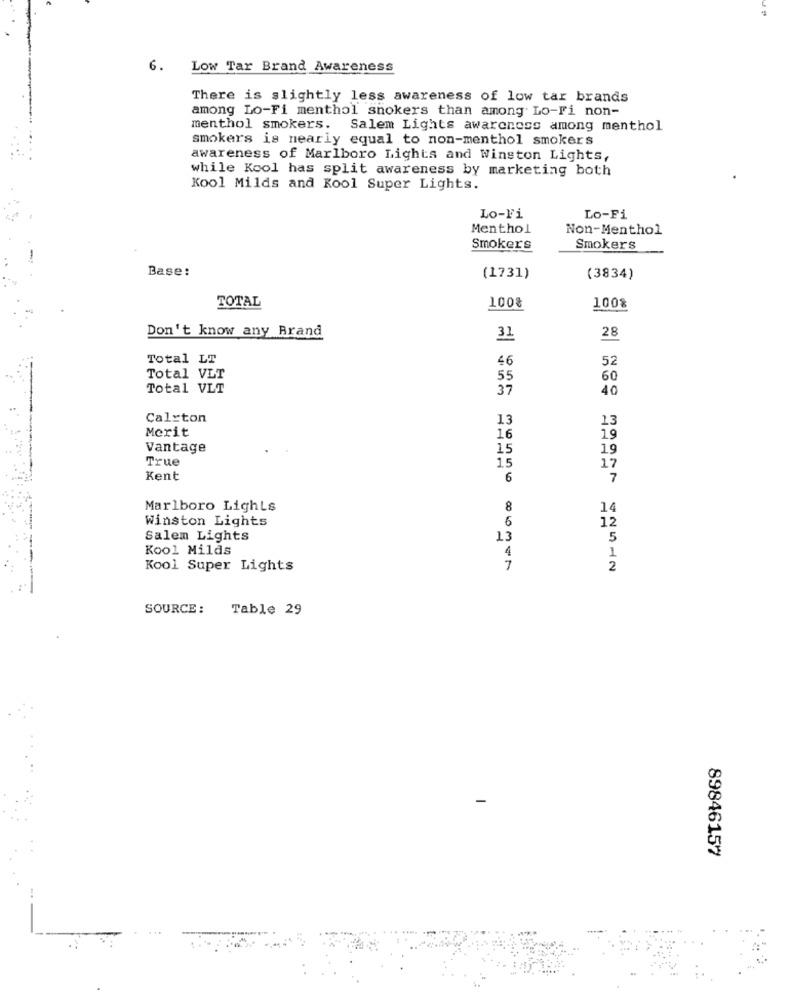
6.
Low Tar Brand Awareness
There is slightly less awareness of low tar brands
among Lo-Fi menthol snokers than among Lo-Fi non-
menthol smokers. Salem Lights awareness among menthol
smokers is nearly equal to non-menthol smokers
awareness of Marlboro Lights and Winston Lights,
while Kool has split awareness by marketing both
Kool Milds and Kool Super Lights.
Lo-Fi
Lo-Fi
Menthol
Non-Menthol
Smokers
Smokers
Base:
(1731)
(3834)
TOTAL
100%
100%
28
Don't know any Brand
31
Total LT
46
52
Total VLT
55
60
Total VLT
37
40
Caleton
13
13
Merit
16
19
Vantage
15
19
True
15
17
Kent
6
7
Marlboro Lights
8
Winston Lights
6
12
Salem Lights
13
5
Kool Milds
4
1
Kool Super Lights
7
2
SOURCE :
Table 29
89846157